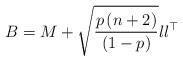
LaTeX: \begin{align*}B=M+\sqrt{\frac{p\left(n+2\right)}{\left(1-p\right)}}ll^{\top}\end{align*}